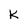
Character: K